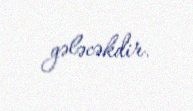
gələcəkdir.